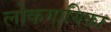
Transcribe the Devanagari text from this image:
लोकगायिका